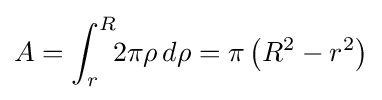
A=\int _{r}^{R}\!\!2\pi \rho \,d\rho =\pi \left(R^{2}-r^{2}\right)